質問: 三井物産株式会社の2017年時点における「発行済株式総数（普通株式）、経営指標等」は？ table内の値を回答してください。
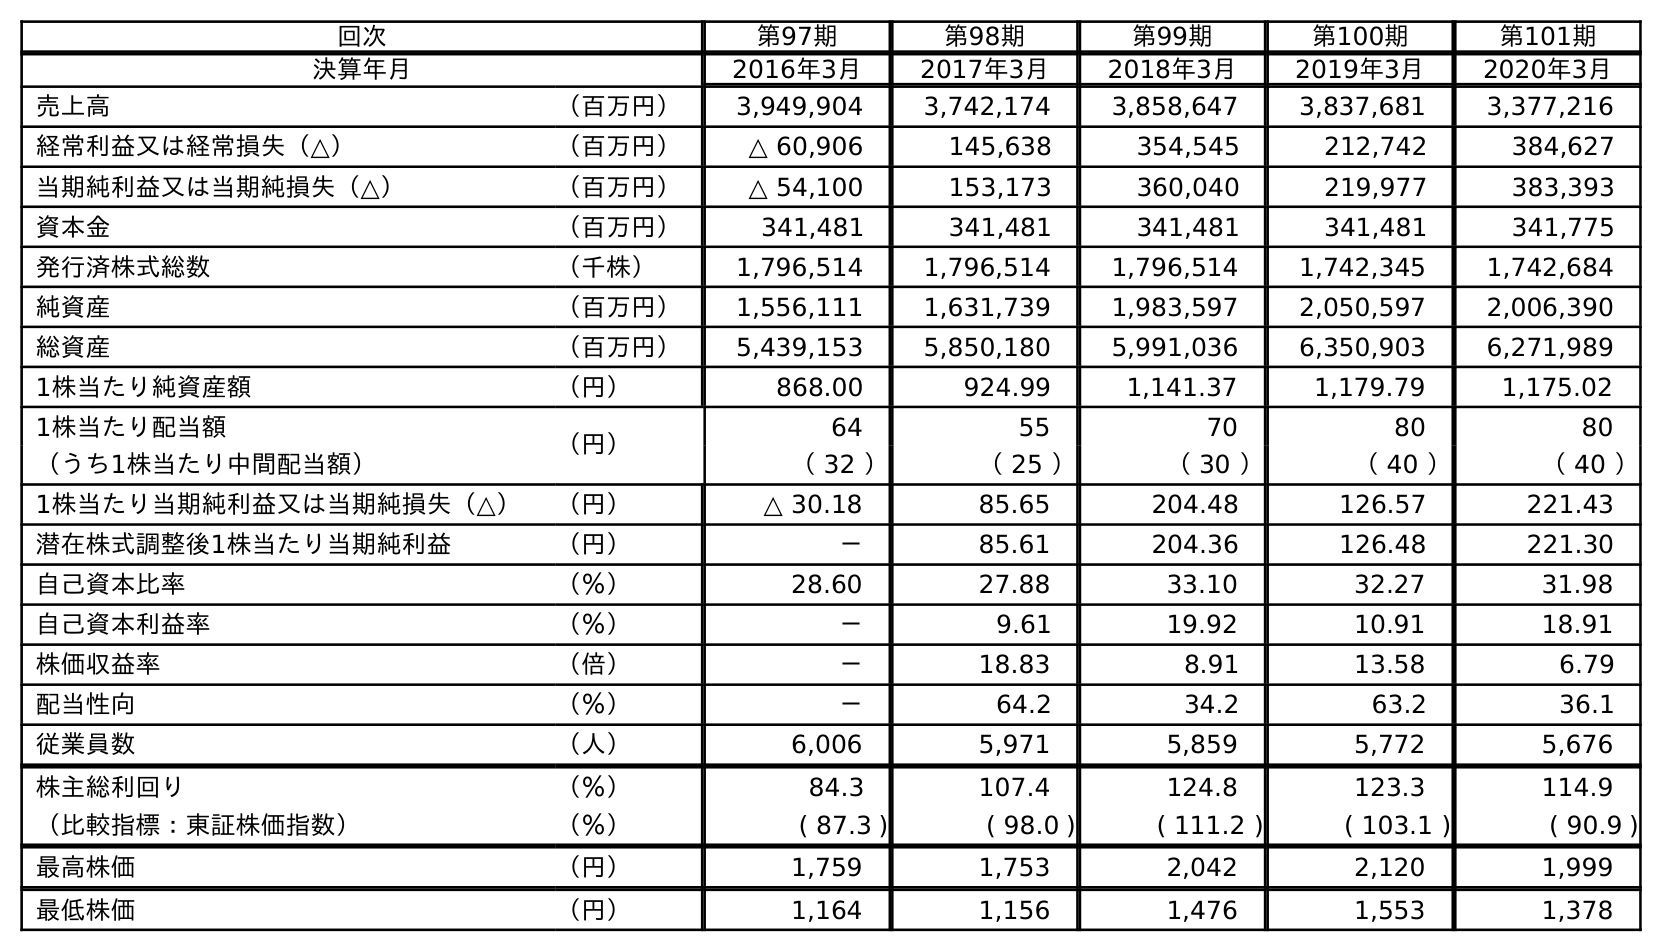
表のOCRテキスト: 回次 第97期 第98期 第99期 第100期 第101期 決算年月 2016年3月 2017年3月 2018年3月 2019年3月 2020年3月 売上高 （百万円） 3,949,904 3,742,174 3,858,647 3,837,681 3,377,216 経常利益又は経常損失（△） （百万円） △ 60,906 145,638 354,545 212,742 384,627 当期純利益又は当期純損失（△） （百万円） △ 54,100 153,173 360,040 219,977 383,393 資本金 （百万円） 341,481 341,481 341,481 341,481 341,775 発行済株式総数 （千株） 1,796,514 1,796,514 1,796,514 1,742,345 1,742,684 純資産 （百万円） 1,556,111 1,631,739 1,983,597 2,050,597 2,006,390 総資産 （百万円） 5,439,153 5,850,180 5,991,036 6,350,903 6,271,989 1株当たり純資産額 （円） 868.00 924.99 1,141.37 1,179.79 1,175.02 1株当たり配当額 （円） 64 55 70 80 80 （うち1株当たり中間配当額） （ 32 ） （ 25 ） （ 30 ） （ 40 ） （ 40 ） 1株当たり当期純利益又は当期純損失（△） （円） △ 30.18 85.65 204.48 126.57 221.43 潜在株式調整後1株当たり当期純利益 （円） － 85.61 204.36 126.48 221.30 自己資本比率 （％） 28.60 27.88 33.10 32.27 31.98 自己資本利益率 （％） － 9.61 19.92 10.91 18.91 株価収益率 （倍） － 18.83 8.91 13.58 6.79 配当性向 （％） － 64.2 34.2 63.2 36.1 従業員数 （人） 6,006 5,971 5,859 5,772 5,676 株主総利回り （％） 84.3 107.4 124.8 123.3 114.9 （比較指標：東証株価指数） （％） ( 87.3 ) ( 98.0 ) ( 111.2 ) ( 103.1 ) ( 90.9 ) 最高株価 （円） 1,759 1,753 2,042 2,120 1,999 最低株価 （円） 1,164 1,156 1,476 1,553 1,378
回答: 1,796,514